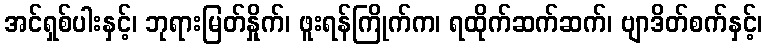
အင်ရှစ်ပါးနှင့်၊ ဘုရားမြတ်နှိုက်၊ ဖူးရန်ကြိုက်က၊ ရထိုက်ဆက်ဆက်၊ ဗျာဒိတ်စက်နှင့်၊